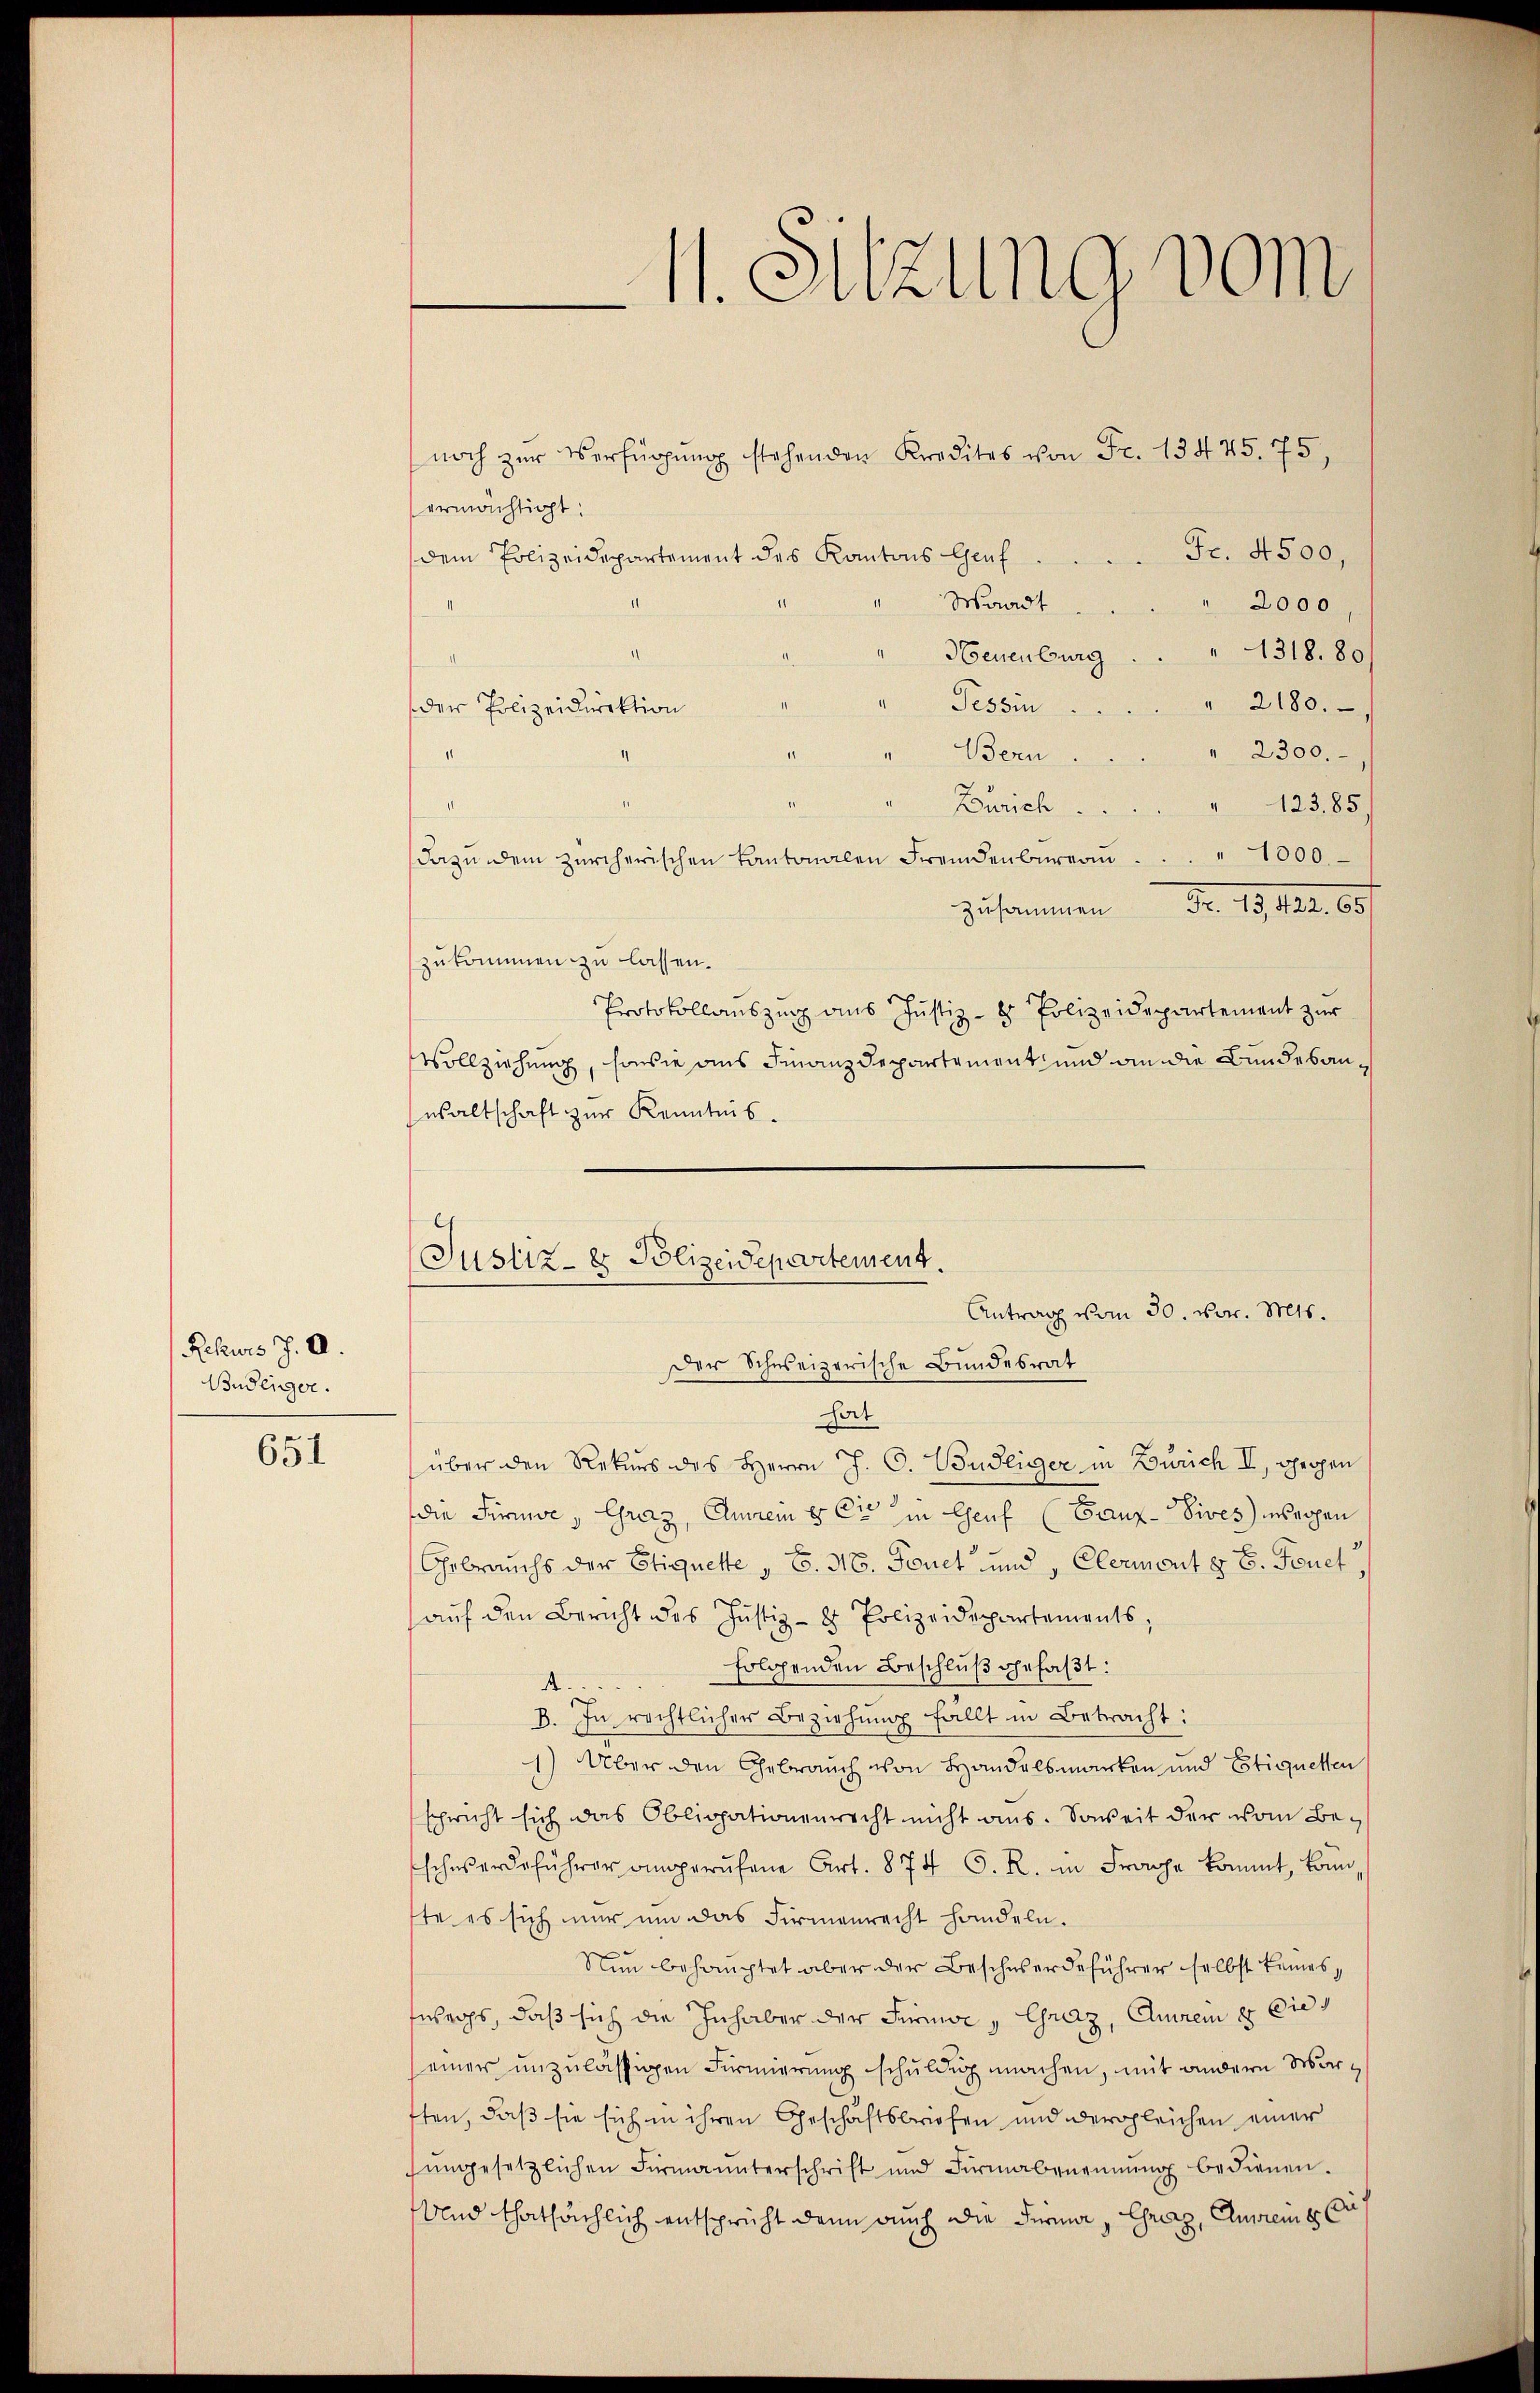
Rekurs J. A.
Budeiger.

651

11. Sitzung vom

noch zur Verfügŭng stehenden Kredites von Fr. 13475. 75,
ermächtigt.
Fr. 4500,
dem Polizeidepartement des Kantons Genf
Waadt
2000
1318. 80
II
Neuenburg
Tessin
2180.
der Polizeidirektion
"Bern
2300.
I
" 123,85
Zürich
11
dazŭ dem zürcherischen Kantonalen Fremdenbüreaŭ . " 1000.
zusammen Fr. 1912. 65/
zukommen zu lassen.
Protokollauszug aus Justiz- & Polizeidepartement zur
Vollziehung, sowie aus Finanzdepartement und an die Bundesanwaltschaft zur Kenntnis.

Justiz- & Polizeidepartement.
Antrag vom 30. vor. Mts.
Der Schweizerische Bundesrat
hat

über den Rekurs des Herrn J. C. Budliger in Zürich I, gegen
die Firne, Graz, Eurem E. Cie in Genf (Banz-Vives waren
Gebrauchs der Etiquette S. 36. Feuet und, Elermont z. B. Feuet
aŭf den Bericht des Justiz- & Polizeidepartements;
folgenden Beschluß gefaßt:
A.
B. In rechtlicher Beziehung fällt in Betracht:
1) Über den Gebrauch von Handelsmarken und Etiquetten
schricht sich das Obligationenrecht nicht aus. Soweit der vom Beschwerdeführer angerufene Art. 874 S. R. in Frage kommt, kann
ste es sich mir um das Firmenrecht handeln.
Nun behauptet aber der Beschwerdeführer selbst keines,
fwegs, daß sich die Inhaber der Firma „Graz, Anrein 8 Eidg
einer unzulässigen Firmierung schuldig machen, mit andern Wartten, daß sie sich in ihren Geschäftsbriefen und dergleichen einer
ungesetzlichen Firma unterschrift und Firmabeneinŭng bedienen.
Und thatsächlich entspricht denn auch die Feria, Graz, Eureme